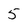
Character: 5